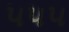
૫૫૫